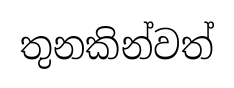
තුනකින්වත්